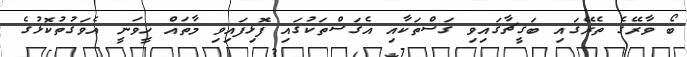
ބޯ ވާރޭގެ ތެރޭގައި ބަގީޗާގައިވި ގަސްތަކާއި އެގަސްތަކުގައި ފޮޅިފައިވި މާތައް ހީވަނީ އެވަގުތުކޮޅުގެ